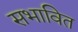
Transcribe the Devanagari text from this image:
सभावित